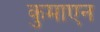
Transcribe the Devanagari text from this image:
कुमाएन